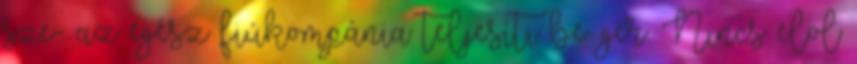
sze- az egész fiúkompánia teljesíti be. ger. Nincs elöl